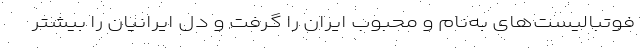
فوتبالیست‌های به‌نام و محبوب ایران را گرفت و دل ایرانیان را بیشتر